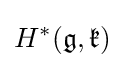
H^{*}({\mathfrak {g}},{\mathfrak {k}})